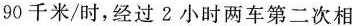
90千米/时，经过2小时两车第二次相